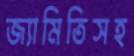
জ্যামিতিসহ